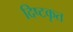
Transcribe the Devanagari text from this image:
दिष्टकृत